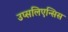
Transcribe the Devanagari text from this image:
उप्सलिएन्सिस